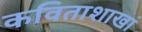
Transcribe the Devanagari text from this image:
कविताशाखां